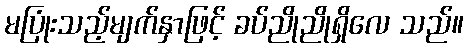
မပြုံးသည့်မျက်နှာဖြင့် ခပ်ညိုညိုရှိလေ သည်။